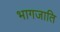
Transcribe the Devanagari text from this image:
भागजाति